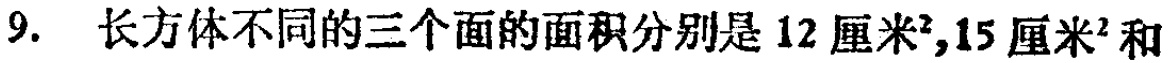
9. 长方体不同的三个面的面积分别是 12 厘米²,15 厘米²和